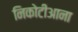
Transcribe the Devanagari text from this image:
निकोटीआना